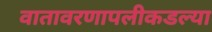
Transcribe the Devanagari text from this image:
वातावरणापलीकडल्या